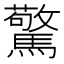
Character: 驚